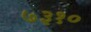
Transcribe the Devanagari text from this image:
७३१०